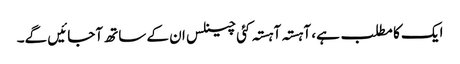
ایک کا مطلب ہے، آہستہ آہستہ کئی چینلس ان کے ساتھ آجائیں گے۔